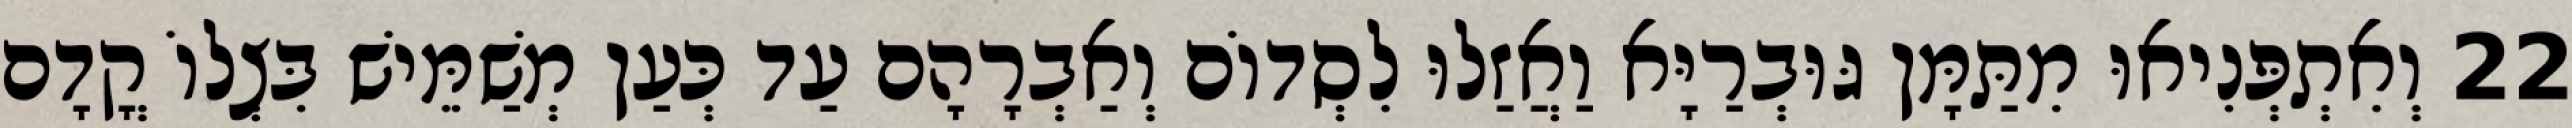
22 וְאִתְפְּנִיאוּ מִתַּמָּן גּוּבְרַיָּא וַאֲזַלוּ לִסְדוֹם וְאַבְרָהָם עַד כְּעַן מְשַׁמֵּישׁ בִּצְלוֹ קֳדָם